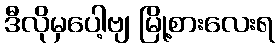
ဒီလိုမှပေါ့ဗျ မြို့စားလေးရ